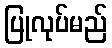
ပြုလုပ်မည်